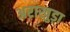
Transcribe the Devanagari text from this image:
अराखुड़ा